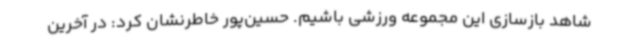
شاهد بازسازی این مجموعه ورزشی باشیم. حسین‌پور خاطرنشان کرد: در آخرین